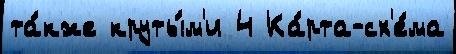
та́кже круты́м'и 4 Ка́рта-сх'е́ма